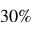
3 0 \%